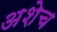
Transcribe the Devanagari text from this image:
अशेच